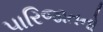
પારિજાતનો